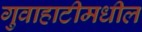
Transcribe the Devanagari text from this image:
गुवाहाटीमधील